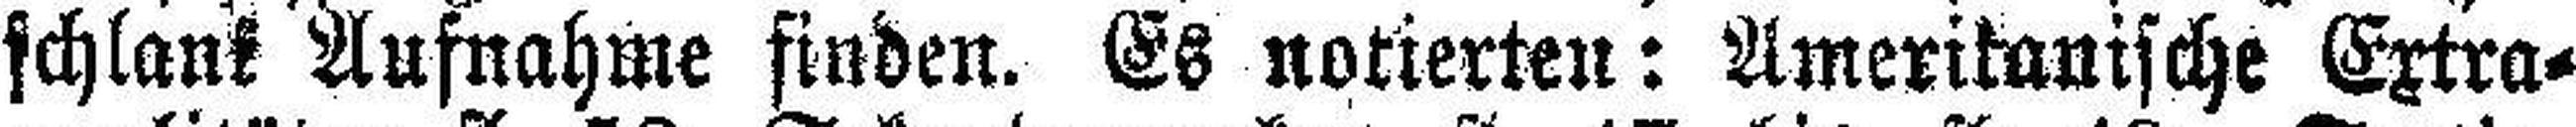
schlank Aufnahme finden. Es notierten: Amerikanische Extra¬